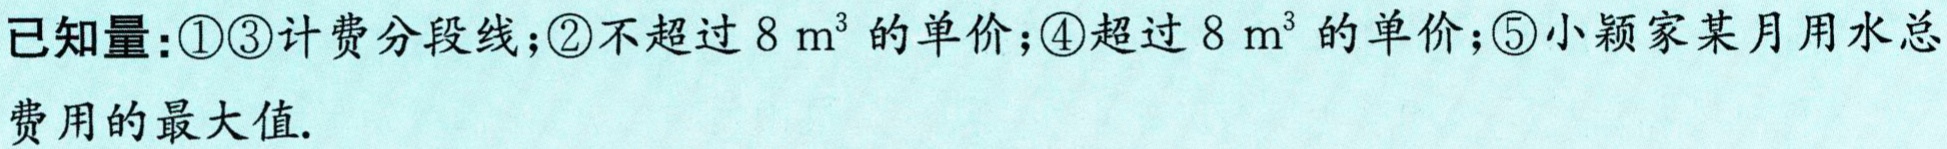
已知量：\textcircled{1}\textcircled{3}计费分段线；\textcircled{2}不超过\(8\mathrm{ m}^{3}\)的单价；\textcircled{4}超过\(8\mathrm{ m}^{3}\)的单价；\textcircled{5}小颖家某月用水总费用的最大值.